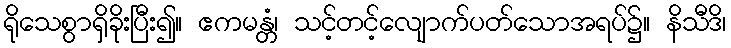
ရိုသေစွာရှိခိုးပြီး၍။ ဧကမန္တံ၊ သင့်တင့်လျောက်ပတ်သောအရပ်၌။ နိသီဒိ၊